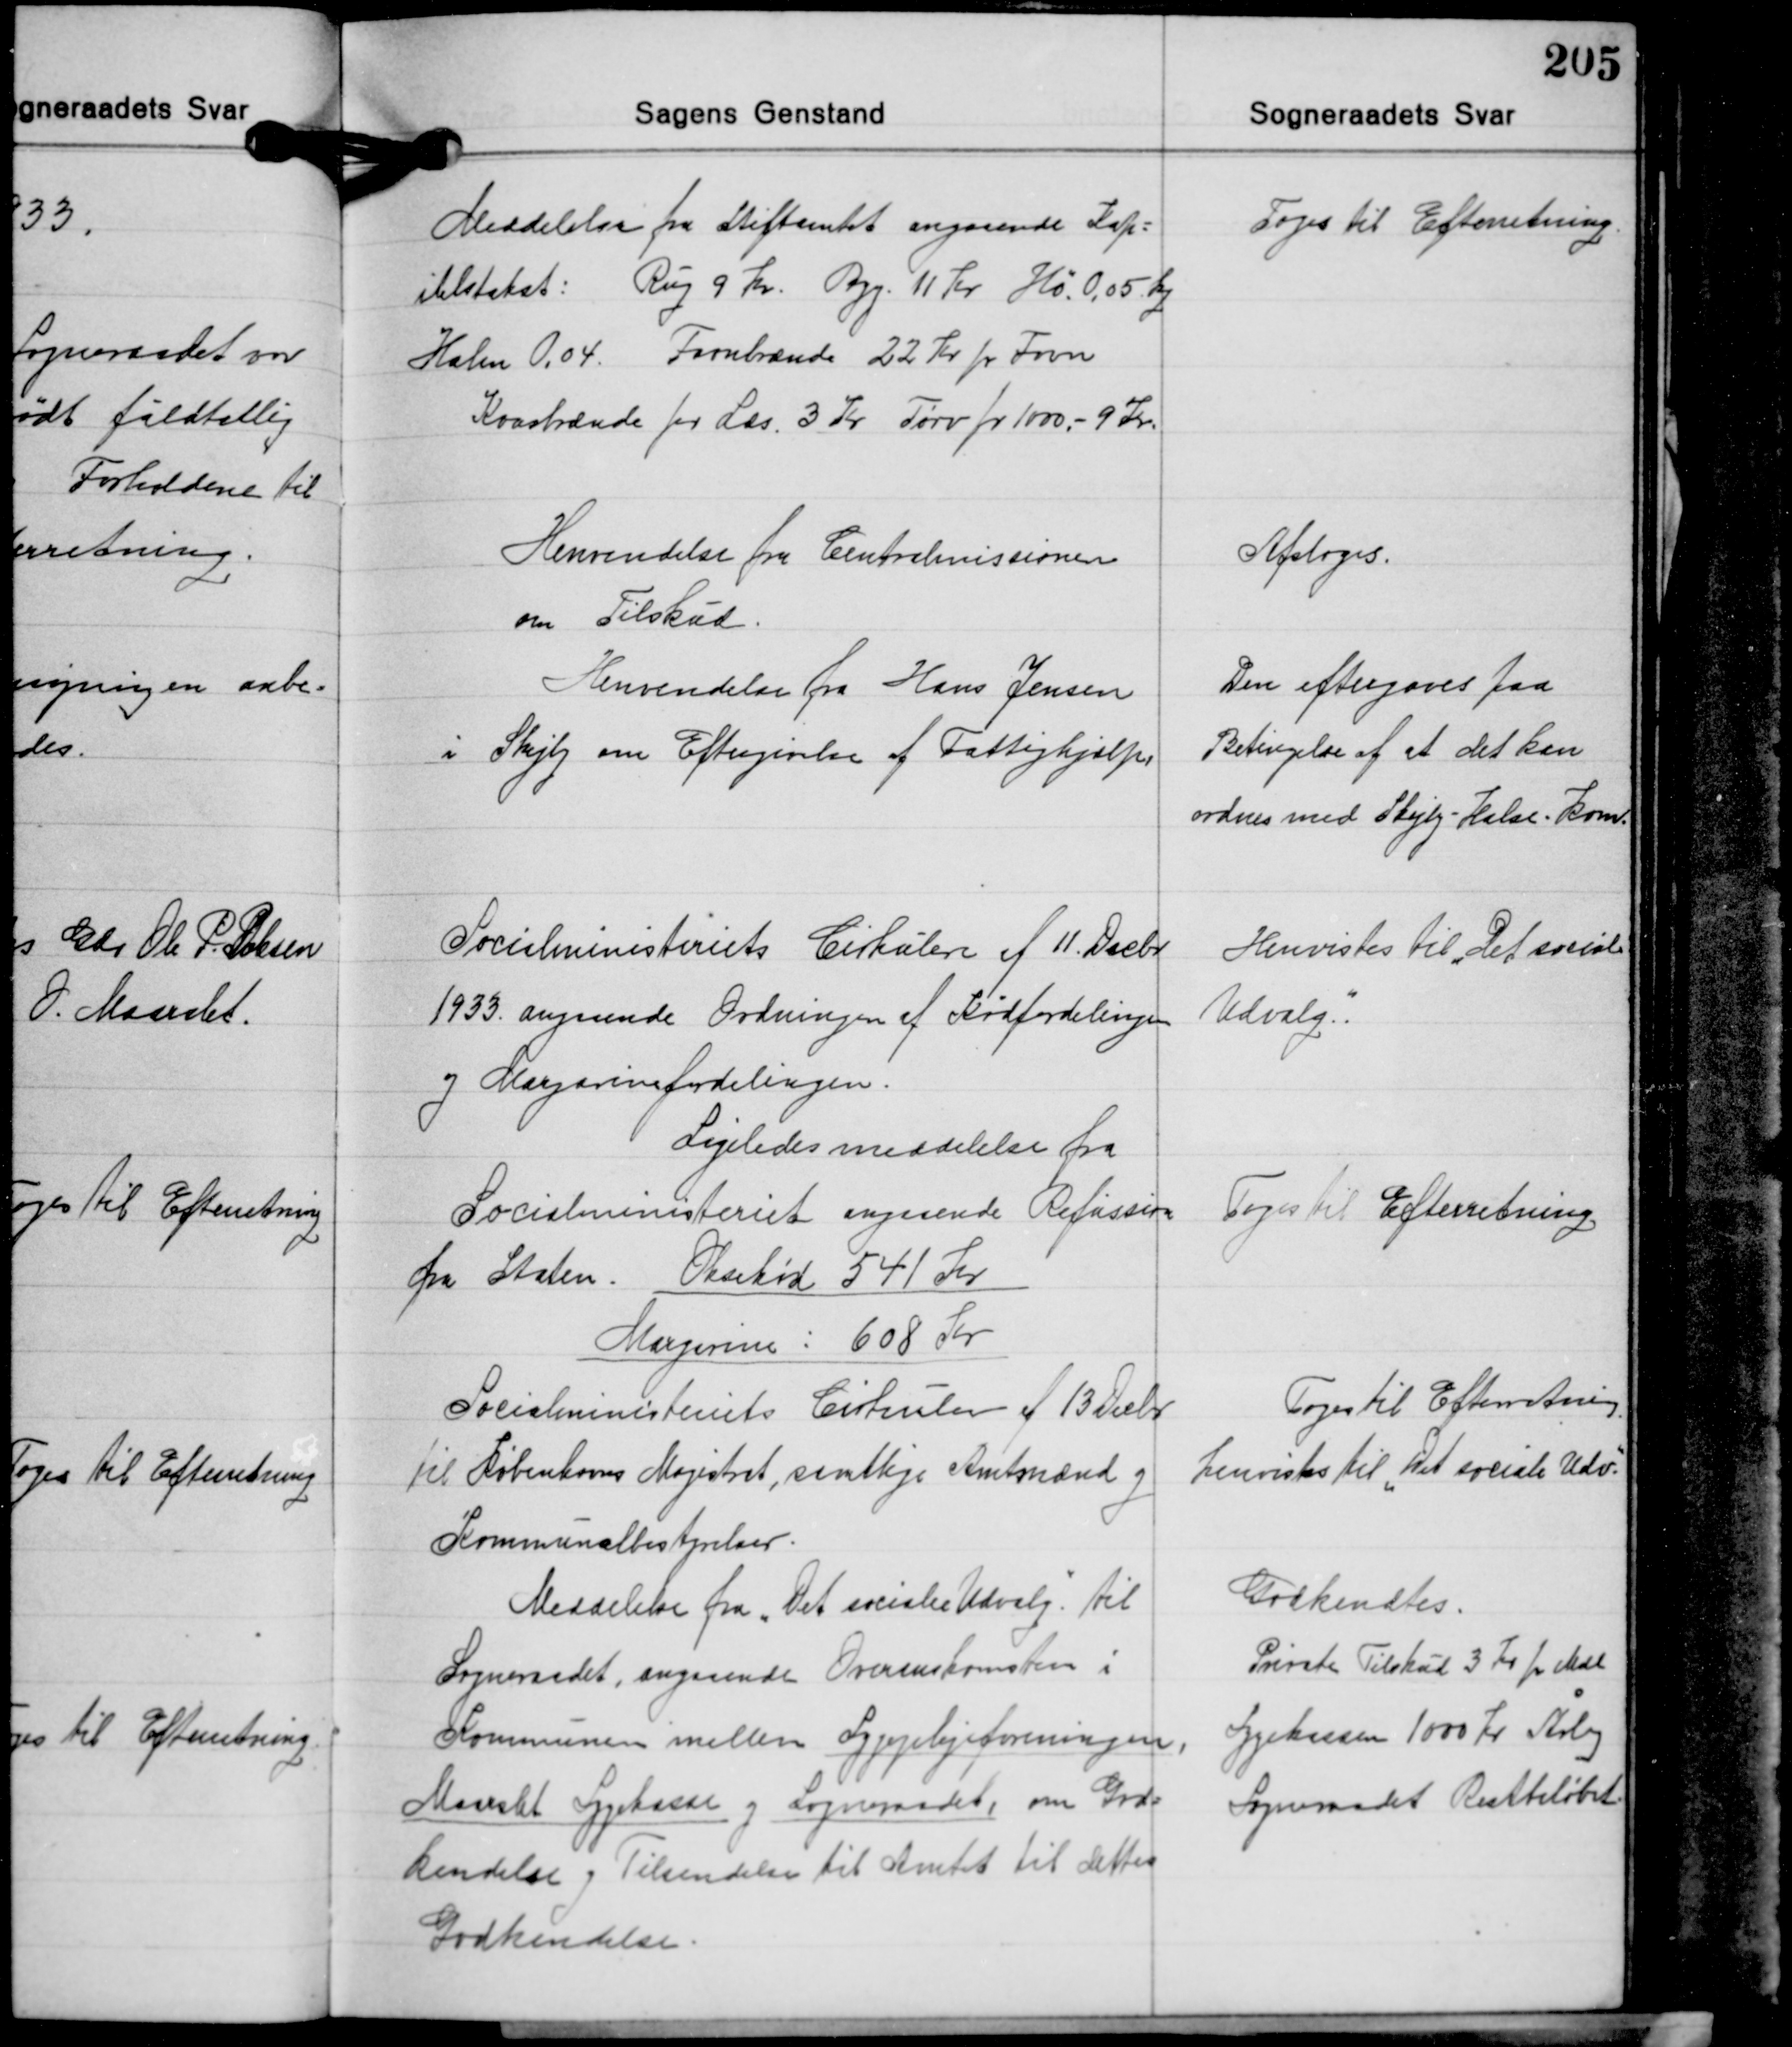
Transskription:
Meddelelse fra Stiftamtet angaaende Kap-
itelstakst: Rug 9 Kr. Byg. 11 Kr. Hø. 0,05 kg
Halm 0,04. Favnbrænde 22 Kr. pr. Favn
Kvasbrænde for Læs. 3 Kr. Tørv pr. 1000,- 9 Kr.

Toges til Efterretning.

Henvendelse fra Centralmissionen
om Tilskud.

Afsloges.

Henvendelse fra Hans Jensen
i Skejby om Eftergivelse af Fattighjælp

Den eftergives paa
Betingelse af at det kan
ordnes med Skejby-Halse-kom.

Socialministeriets Cirkulere af 11. Decbr.
1933 angaaende Ordningen af Kødfordelingen
og Margarinefordelingen.

Henvistes til Det sociale
Udvalg.

Ligeledes meddelelse fra
Socialministeriet angaaende Refussion
fra Staten. Oksekød 541 Kr.
Margarine: 608 Kr.

Toges Til Efterretning

Socialministeriets Cirkulære af 13 Decbr.
Til Københavns Magistrat, samtlige Amtmænd og
Kommunalbestyrelser.

Toges til Efterretning.
henvistes til "Det sociale Udv."

Meddelelse fra "Det sociale" Udvalg. til
Sogneraadet, angaaende Overenskomsten i
Kommunen mellem Sygeplejeforeningen,
Maarslet Sygekasse og sogneraadet, om God-
kendelse og Tilsendelse til Amtet til dettes
Godkendelse.

Godkendtes.
Private Tilskud 3 Kr. pr. Md.
Sygekassen 1000 Kr. Aarlig
Sogneraadet Restbeløbet